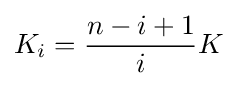
K_{i}={\frac {n-i+1}{i}}K